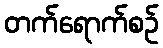
တက်ရောက်စဉ်